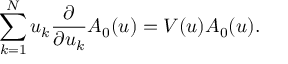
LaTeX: \sum _ { k = 1 } ^ { N } u _ { k } \frac { \partial } { \partial u _ { k } } A _ { 0 } ( u ) = V ( u ) A _ { 0 } ( u ) .